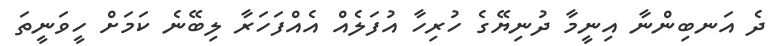
ދެ އަނބިންނާ އިނީމާ ދުނިޔޭގެ ހުރިހާ އުފަލެއް އެއްފަހަރާ ލިބޭނެ ކަމަށް ހީވަނީތަ